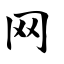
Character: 网